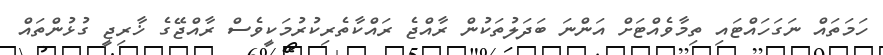
ހަމަތައް ނަގަހައްޓައި ތިމާވެއްޓަށް އަންނަ ބަދަލުތަކުން ރާއްޖެ ރައްކާތެރިކުރުމަކީވެސް ރާއްޖޭގެ ޚާރިޖީ ގުޅުންތައް